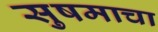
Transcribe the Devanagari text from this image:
सुषमाचा